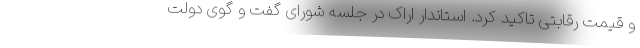
و قیمت رقابتی تاکید کرد. استاندار اراک در جلسه شورای گفت و گوی دولت